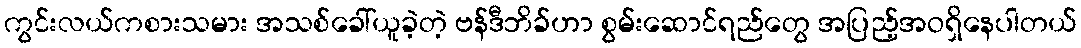
ကွင်းလယ်ကစားသမား အသစ်ခေါ်ယူခဲ့တဲ့ ဗန်ဒီဘိခ်ဟာ စွမ်းဆောင်ရည်တွေ အပြည့်အဝရှိနေပါတယ်